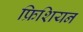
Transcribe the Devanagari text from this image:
फ्रिशियन